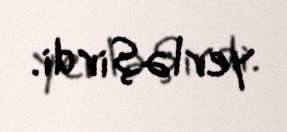
yerləşirdi.